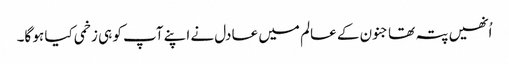
اُنھیں پتہ تھا جنون کے عالم میں عادل نے اپنے آپ کو ہی زخمی کیا ہو گا۔